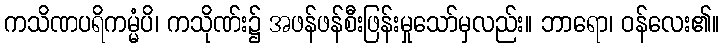
ကသိဏပရိကမ္မံပိ၊ ကသိုဏ်း၌ အဖန်ဖန်စီးဖြန်းမှုသော်မှလည်း။ ဘာရော၊ ဝန်လေး၏။